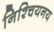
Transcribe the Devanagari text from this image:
निश्चियनय